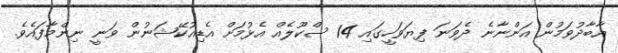
އާބާދުވަމުން އަންނާނެ ދެވަނަ ފިޔަވަހީގައި 14 ސްކޫލެއް އެޅުމަށް އެޑިއުކޭޝަނުން ވަނީ ނިންމާފައެވެ.